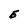
Character: E